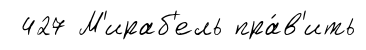
427 М'ираб'ель пра́в'ить